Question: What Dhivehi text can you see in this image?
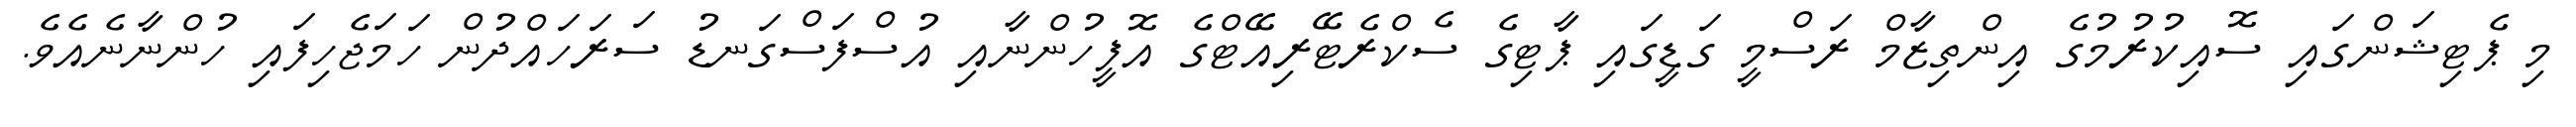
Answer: މި ޕެޓިޝަންގައި ސޮއިކުރުމުގެ އިންތިޒާމް ރަސްމީ ގަޑީގައި ޕާޓިގެ ސެކްރެޓޭރިއޭޓްގެ އޮފީހުންނާއި އުސްފަސްގަނޑު ސަރަހައްދުން ހަމަޖެހިފައި ހުންނާނެއެވެ.